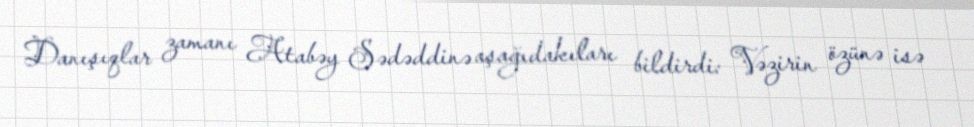
Danışıqlar zamanı Atabəy Sədəddinə aşağıdakıları bildirdi: Vəzirin özünə isə